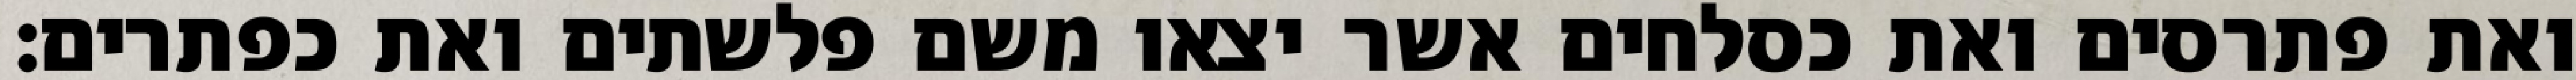
ואת פתרסים ואת כסלחים אשר יצאו משם פלשתים ואת כפתרים׃